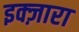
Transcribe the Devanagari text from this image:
इक्ज़ारा